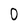
Character: 0